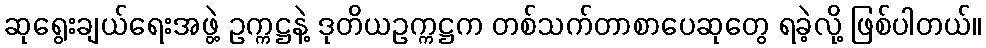
ဆုရွေးချယ်ရေးအဖွဲ့ ဥက္ကဋ္ဌနဲ့ ဒုတိယဥက္ကဋ္ဌက တစ်သက်တာစာပေဆုတွေ ရခဲ့လို့ ဖြစ်ပါတယ်။